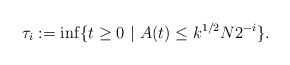
\begin{align*}\tau_i:=\inf\{t\ge 0 \ | \ A(t)\le k^{1/2}N2^{-i} \}.\end{align*}